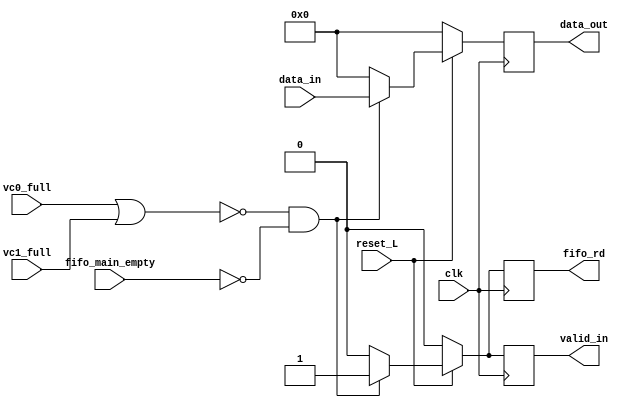
module fifo_main_pop (
    input clk,
    input vc0_full,
    input reset_L,
    input vc1_full,
    input fifo_main_empty,
    input [5:0] data_in,
    output reg [5:0] data_out,
    output reg valid_in,
    output reg fifo_rd
);

    reg [5:0] data_out_recordar;
    reg valid_in_recordar;
    reg fifo_rd_recordar;

    always @(*) begin
        if (!(vc0_full || vc1_full) && !(fifo_main_empty)) begin
            data_out_recordar = data_in;
            valid_in_recordar = 1; 
            fifo_rd_recordar = 1;
        end else begin
            data_out_recordar = 0;
            valid_in_recordar = 0; 
            fifo_rd_recordar = 0;
        end
    end

    always @(posedge clk) begin
        if (reset_L == 1) begin
            if(!(vc0_full || vc1_full) && !(fifo_main_empty)) begin
                data_out <= data_out_recordar;
                valid_in <= valid_in_recordar;
                fifo_rd <= fifo_rd_recordar;
            end else begin
                data_out <= 0;
                valid_in <= 0;
                fifo_rd <= 0;
            end
        end else begin
            data_out <= 0;
            valid_in <= 0;
            fifo_rd <= 0;
        end
    end

endmodule